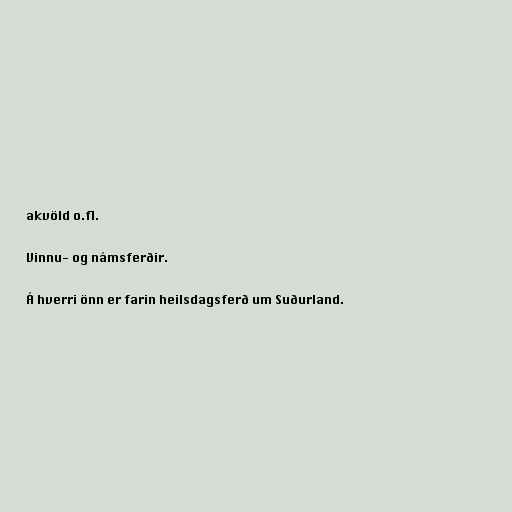
akvöld o.fl.

Vinnu- og námsferðir.

Á hverri önn er farin heilsdagsferð um Suðurland.